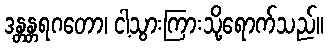
ဒန္တန္တရဂတော၊ ငါ့သွားကြားသို့ရောက်သည်။